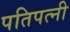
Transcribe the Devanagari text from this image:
पतिपत्‍नी